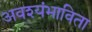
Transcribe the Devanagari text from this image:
अवश्यंभाविता